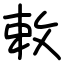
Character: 敕